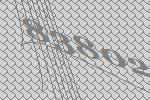
83802